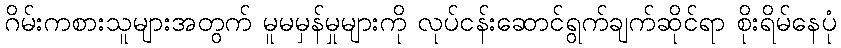
ဂိမ်းကစားသူများအတွက် မူမမှန်မှုများကို လုပ်ငန်းဆောင်ရွက်ချက်ဆိုင်ရာ စိုးရိမ်နေပုံ